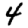
Digit: 4